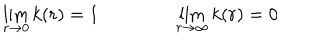
\lim _ { r \rightarrow 0 } k ( r ) = 1 \qquad \qquad \lim _ { r \rightarrow \infty } k ( r ) = 0